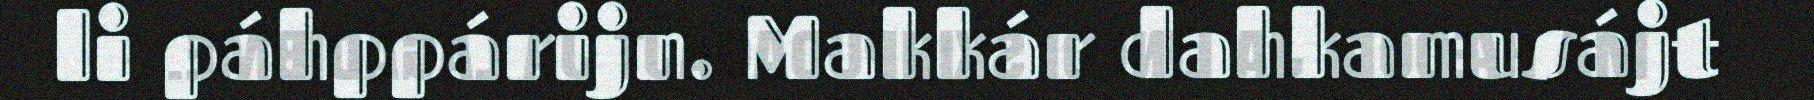
li páhppárijn. Makkár dahkamusájt